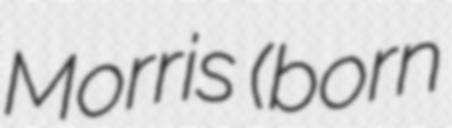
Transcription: Morris (born